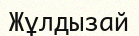
Жұлдызай